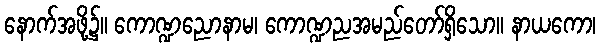
နောက်အဖို့၌။ ကောဏ္ဍညောနာမ၊ ကောဏ္ဍညအမည်တော်ရှိသော။ နာယကော၊